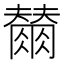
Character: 𭁲